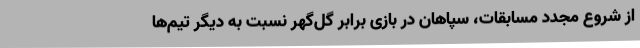
از شروع مجدد مسابقات، سپاهان در بازی برابر گل‌گهر نسبت به دیگر تیم‌ها